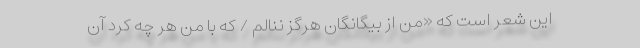
این شعر است که «من از بیگانگان هرگز ننالم / که با من هر چه کرد آن